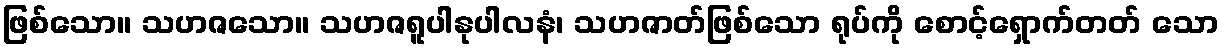
ဖြစ်သော။ သဟဇသော။ သဟဇရူပါနုပါလနံ၊ သဟဇာတ်ဖြစ်သော ရုပ်ကို စောင့်ရှောက်တတ် သော